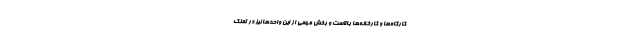
کارگاه‌ها و کارخانه‌ها بالاست و بخش مهمی از این واحدها نیز در تملک